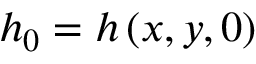
h _ { 0 } = h \left( x , y , 0 \right)